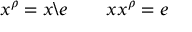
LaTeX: x ^ { \rho } = x \backslash e \qquad x x ^ { \rho } = e